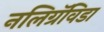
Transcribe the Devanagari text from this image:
नलिग्रॅविडा